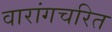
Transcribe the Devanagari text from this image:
वारांगचरित